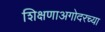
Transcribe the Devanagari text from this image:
शिक्षणाअगोदरच्या